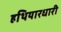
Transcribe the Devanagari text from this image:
हथियारधारी